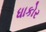
ધાકોર